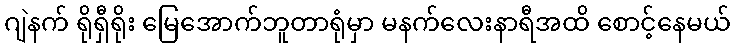
ဂျဲနက် ရိုရှီရိုး မြေအောက်ဘူတာရုံမှာ မနက်လေးနာရီအထိ စောင့်နေမယ်